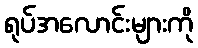
ရုပ်အလောင်းများကို